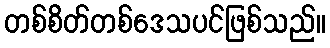
တစ်စိတ်တစ်ဒေသပင်ဖြစ်သည်။